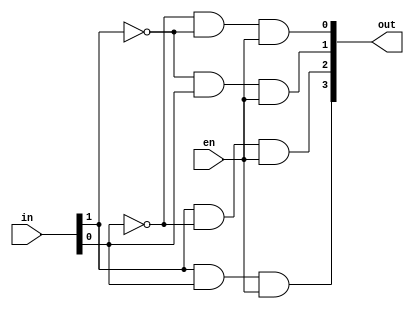
module decoder_2_to_4(output [3:0] out, input [1:0]in, input en);

wire [1:0] t;

not g1(t[0],in[0]);
not g2(t[1],in[1]);

and g3(out[0],t[0],t[1],en);
and g4(out[1],t[1],in[0],en);
and g5(out[2],in[1],t[0],en);
and g6(out[3], in[1], in[0],en);

endmodule